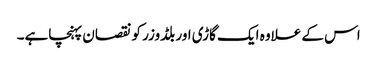
اس کے علاوہ ایک گاڑی اور بلڈوزر کو نقصان پہنچاہے۔